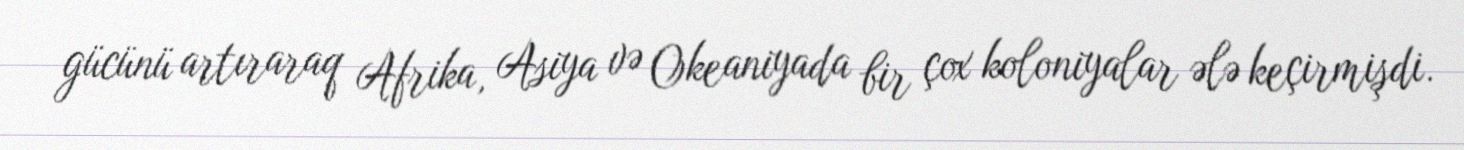
gücünü artıraraq Afrika, Asiya və Okeaniyada bir çox koloniyalar ələ keçirmişdi.